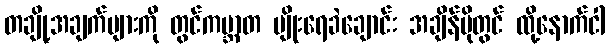
တချို့အချက်များကို တွင်ကမ္ဘာတ မျိုးရေခဲချောင်း အချိန်ပိုတွင် ထို့နောက်ငါ